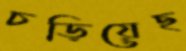
চড়িয়েছ